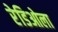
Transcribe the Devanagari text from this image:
रेडिओला